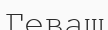
Геваш